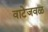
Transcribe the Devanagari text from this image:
वाटेजवळ